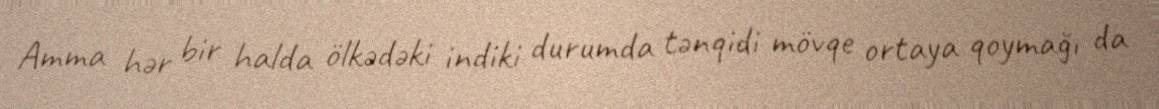
Amma hər bir halda ölkədəki indiki durumda tənqidi mövqe ortaya qoymağı da